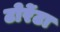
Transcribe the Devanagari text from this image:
टोर्रेटा